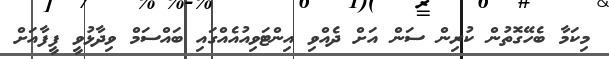
މިކަމާ ބެހޭގޮތުން ކުރިން ސަން އަށް ދެއްވި އިންޓަވިއުއެއްގައި ބައްސަމް ވިދާޅުވީ ފީފާއަށް